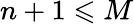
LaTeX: n+1\leqslant M